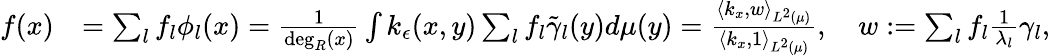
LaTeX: \begin{array}{rl}{f(x)}&{=\sum_{l}f_{l}\phi_{l}(x)=\frac{1}{\deg_{R}(x)}\int k_{\epsilon}(x,y)\sum_{l}f_{l}\tilde{\gamma}_{l}(y)d\mu(y)=\frac{\langle k_{x},w\rangle_{L^{2}(\mu)}}{\langle k_{x},1\rangle_{L^{2}(\mu)}},\quad w:=\sum_{l}f_{l}\frac{1}{\lambda_{l}}\gamma_{l},}\end{array}